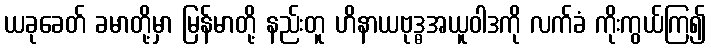
ယခုခေတ် ခမာတို့မှာ မြန်မာတို့ နည်းတူ ဟိနာယဗုဒ္ဓအယူဝါဒကို လက်ခံ ကိုးကွယ်ကြ၍